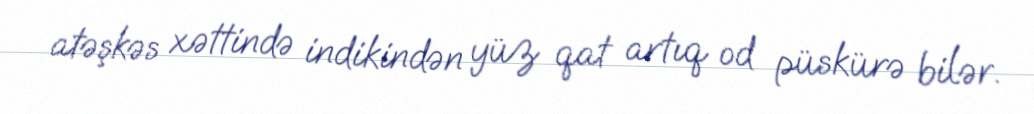
atəşkəs xəttində indikindən yüz qat artıq od püskürə bilər.